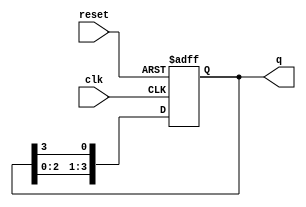
module ring_counter #(parameter N = 4) (
    input wire clk,       // Clock input
    input wire reset,     // Asynchronous reset
    output reg [N-1:0] q // Output of the ring counter
);

// Initial state
initial begin
    q = 1'b1; // Initialize to 0001 for a 4-bit counter
end

// Always block for synchronous operation
always @(posedge clk or posedge reset) begin
    if (reset) begin
        q <= 1'b1; // Reset to initial state (0001)
    end else begin
        // Shift the '1' to the right
        q <= {q[N-2:0], q[N-1]}; // Rotate right
    end
end

endmodule